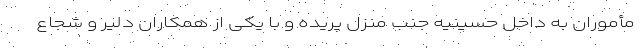
مأموران به داخل حسینیه جنب منزل پریده و با یکی از همکاران دلیر و شجاع